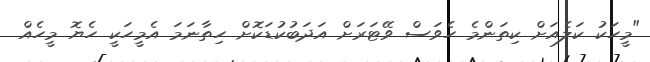
"މީހަކު ކަލެއަށް ކިތަންމެ ހެވަސް ވޭޓަރަށް އަދަބުކުޑަކޮށް ހިތާނަމަ އެމީހަކީ ހެޔޮ މީހެއް